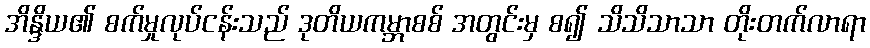
အိန္ဒိယ၏ စက်မှုလုပ်ငန်းသည် ဒုတိယကမ္ဘာစစ် အတွင်းမှ စ၍ သိသိသာသာ တိုးတက်လာရာ